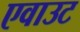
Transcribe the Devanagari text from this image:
एवाउट